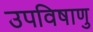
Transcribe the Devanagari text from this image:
उपविषाणु